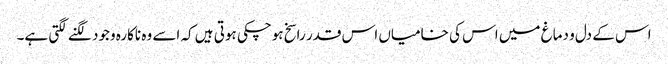
اس کے دل و دماغ میں اس کی خامیاں اس قدر راسخ ہوچکی ہوتی ہیں کہ اسے وہ ناکارہ وجود لگنے لگتی ہے۔